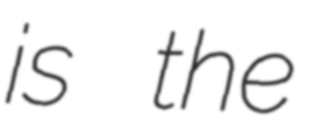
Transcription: is the